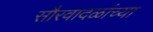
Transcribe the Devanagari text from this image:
सौरवादळांच्या